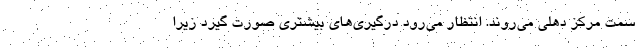
سمت مرکز دهلی می‌روند. انتظار می‌رود درگیری‌های بیشتری صورت گیرد زیرا